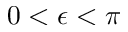
0 < \epsilon < \pi